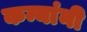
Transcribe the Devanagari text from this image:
कन्यांनी